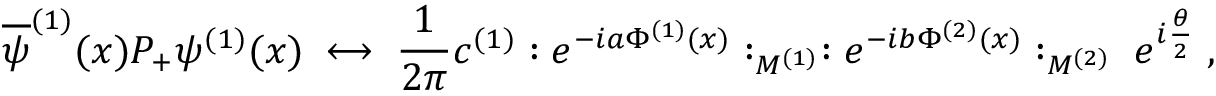
\overline { { { \psi } } } ^ { ( 1 ) } ( x ) P _ { + } \psi ^ { ( 1 ) } ( x ) \; \longleftrightarrow \; \frac { 1 } { 2 \pi } c ^ { ( 1 ) } : e ^ { - i a \Phi ^ { ( 1 ) } ( x ) } : _ { M ^ { ( 1 ) } } : e ^ { - i b \Phi ^ { ( 2 ) } ( x ) } : _ { M ^ { ( 2 ) } } \; e ^ { i \frac { \theta } { 2 } } \; ,